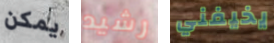
يمكن رشيد يخيفني